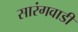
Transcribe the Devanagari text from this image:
सारंगवाडी